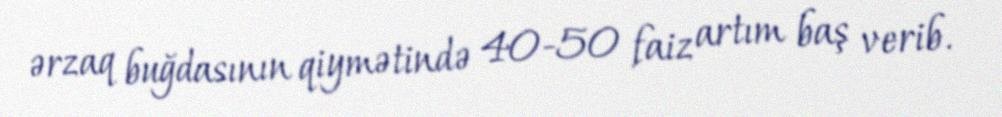
ərzaq buğdasının qiymətində 40-50 faiz artım baş verib.